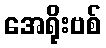
အေရိုးဗစ်